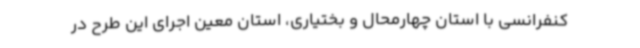
کنفرانسی با استان چهارمحال و بختیاری، استان معین اجرای این طرح در